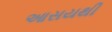
આસયથી